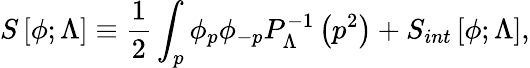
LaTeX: S\left[\phi;\Lambda\right]\equiv{\frac{1}{2}}\int_{p}\phi_{p}\phi_{-p}P_{\Lambda}^{-1}\left(p^{2}\right)+S_{int}\left[\phi;\Lambda\right],